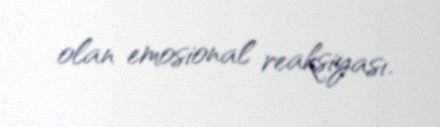
olan emosional reaksiyası.